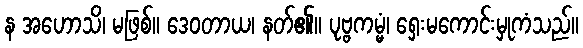
န အဟောသိ၊ မဖြစ်။ ဒေဝတာယ၊ နတ်၏။ ပုဗ္ဗကမ္မံ၊ ရှေးမကောင်းမှုကံသည်။